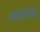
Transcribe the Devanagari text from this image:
सहौषधि